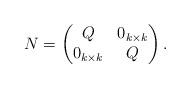
LaTeX: \begin{align*}N=\begin{pmatrix}Q & 0_{k\times k}\\0_{k\times k} & Q\end{pmatrix}.\end{align*}